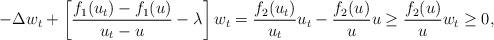
LaTeX: \begin{align*}\begin{aligned}-\Delta w_t + \left[\frac{f_1(u_t)-f_1(u)}{u_t-u}-\lambda\right] w_t = \frac{f_2(u_t)}{u_t} u_t -\frac{f_2(u)}{u}u\geq \frac{f_2(u)}{u} w_t\geq 0, \end{aligned}\end{align*}